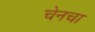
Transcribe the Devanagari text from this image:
चेनचा